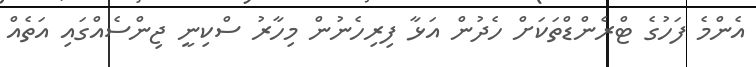
އެންމެ ފަހުގެ ޓްރެންޑްތަކަށް ހެދުން އަޅާ ފިރިހެނުން މިހާރު ސްކިނީ ޖިންސެއްގައި އަތެއް